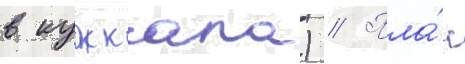
в куоккала) // Пла́н